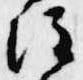
注